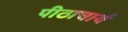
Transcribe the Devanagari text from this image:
पीठाचार्य